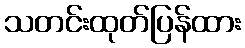
သတင်းထုတ်ပြန်ထား